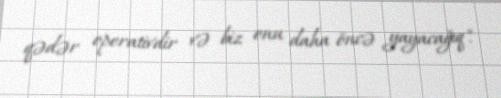
qədər operativdir və biz onu daha öncə yayacağıq".